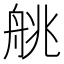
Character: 䑬